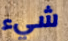
شيء